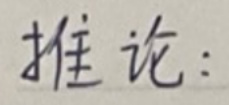
推论：